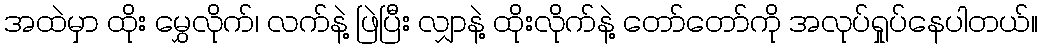
အထဲမှာ ထိုး မွှေလိုက်၊ လက်နဲ့ ဖြဲပြီး လျှာနဲ့ ထိုးလိုက်နဲ့ တော်တော်ကို အလုပ်ရှုပ်နေပါတယ်။